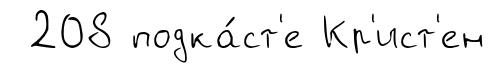
208 подка́ст'е Кр'ист'ен